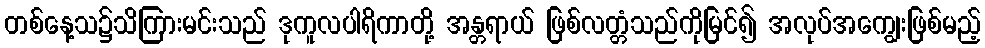
တစ်နေ့သ၌သိကြားမင်းသည် ဒုကူလပါရိကာတို့ အန္တရာယ် ဖြစ်လတ္တံသည်ကိုမြင်၍ အလုပ်အကျွေးဖြစ်မည့်